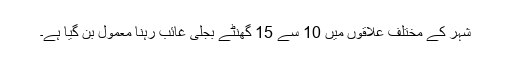
شہر کے مختلف علاقوں میں 10 سے 15 گھنٹے بجلی غائب رہنا معمول بن گیا ہے۔